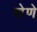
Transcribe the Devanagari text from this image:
शेणे